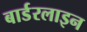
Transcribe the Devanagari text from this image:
बार्डरलाइन